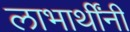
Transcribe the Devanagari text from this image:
लाभार्थींनी